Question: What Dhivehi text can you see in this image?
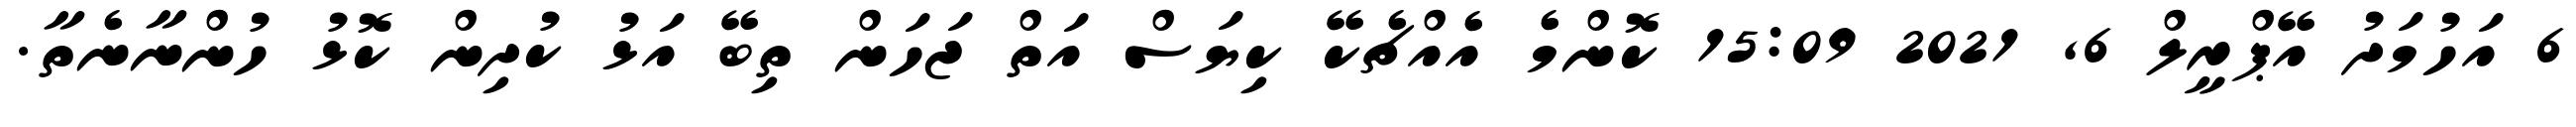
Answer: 6 އަހުމަދު އޭޕްރީލް 6, 2021 15:09 ކޮންމެ އެއްޗެކޭ ކިޔަސް އަތް ޖަހަން ތިބޭ އަޅު ކުދިން ކޮޅު ހުންނާނެތާ.